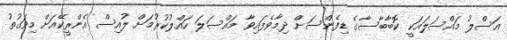
އަސްލު މައްސަލައަކީ ކޮބާބާސާގެ ޑިފެންސަށް ދިމާވެފައިވާ މައްސަލަ ހައްލުކުރުމަށް ލުއިސް އެންރީކޭއަށް މިވަގުތު